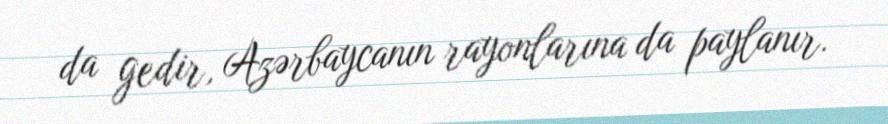
da gedir, Azərbaycanın rayonlarına da paylanır.